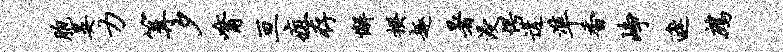
胞晏力篝夕觜亘疽存懈揆趣暑浸愕遘准香峥遮鹧